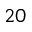
2 0